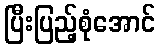
ပြီးပြည့်စုံအောင်